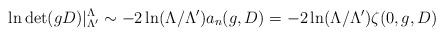
LaTeX: \begin{align*} \ln \det (gD)|_{\Lambda'}^\Lambda \sim - 2\ln (\Lambda/\Lambda') a_n(g, D) = - 2\ln (\Lambda/\Lambda') \zeta(0,g, D)\end{align*}